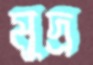
মুদ্র